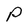
Character: P